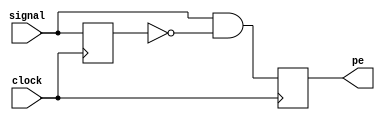
module pos_edge_dectect(
    input signal,
    input clock,
    output reg pe
    );
    
    reg sig_delay;
    
    always @(posedge clock) begin
        sig_delay <= signal;
        pe = signal & ~sig_delay;
    end
endmodule

module counter(
    input clock_in,
    input button,
    output reg [3:0] out
    );
    
    pos_edge_dectect get_rst(button, clock_in, clock_out);
    initial begin out = 4'b0000; end
    always @(posedge clock_in) begin
        if (clock_out == 1) out = out + 1;        
    end
endmodule